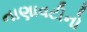
નાણાવટીનો